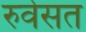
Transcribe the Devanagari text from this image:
रुवेसत